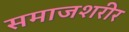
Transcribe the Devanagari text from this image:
समाजशरीर